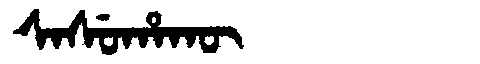
Manchu: ᠰᠠᠰᡠᡥᠠᡴᡡ
Romanization: SASUHAKŪ